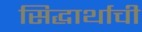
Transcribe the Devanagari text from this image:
सिद्धार्थाची